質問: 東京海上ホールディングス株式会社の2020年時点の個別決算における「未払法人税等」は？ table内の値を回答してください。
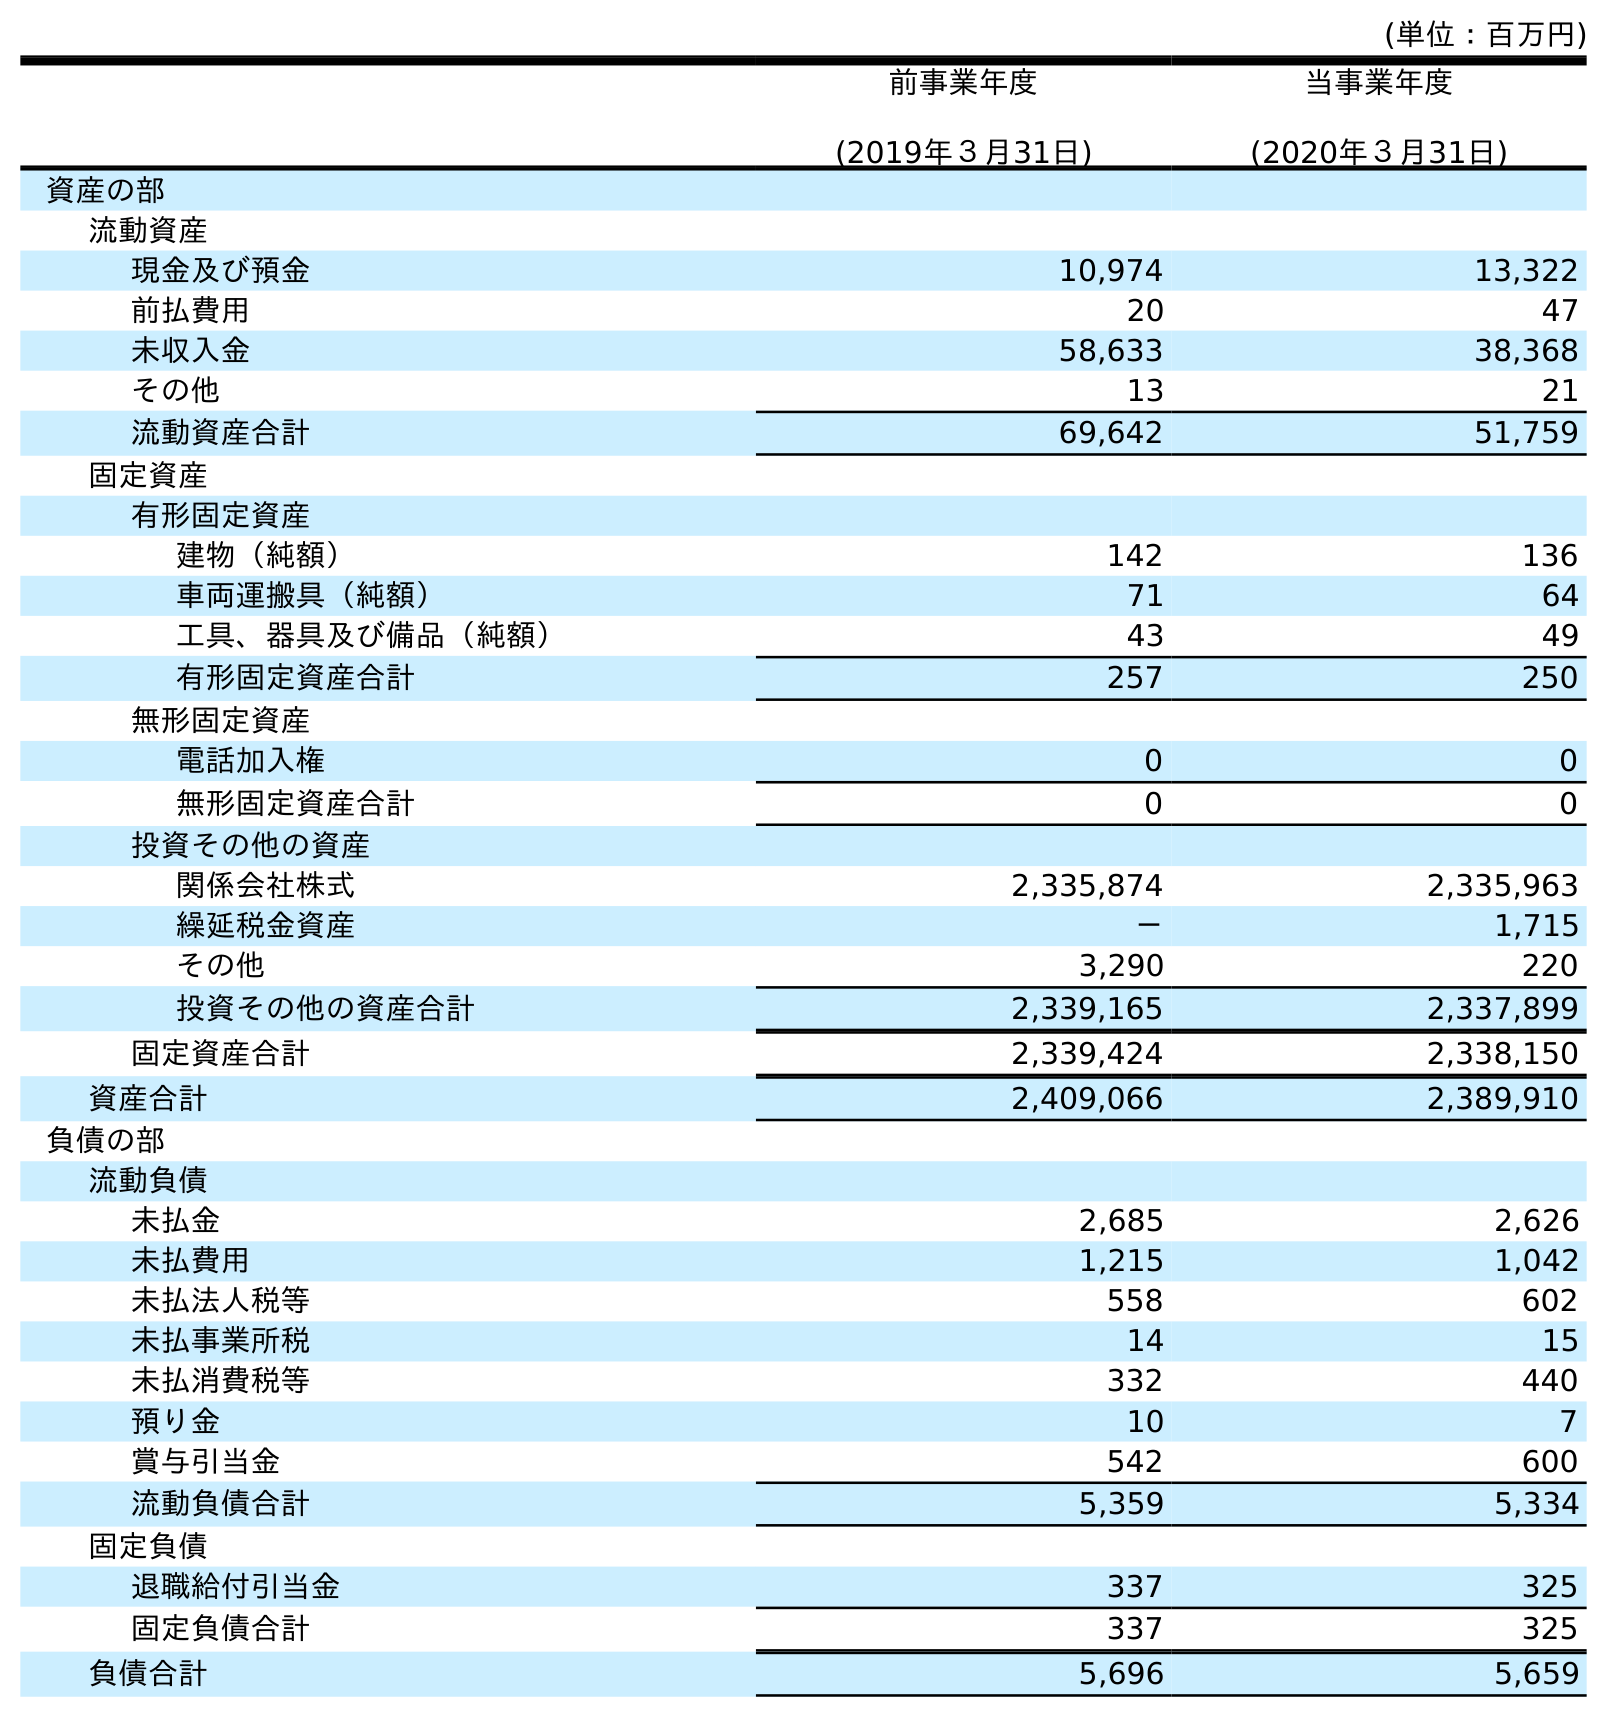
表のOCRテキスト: (単位：百万円) 前事業年度 (2019年３月31日) 当事業年度 (2020年３月31日) 資産の部 流動資産 現金及び預金 10,974 13,322 前払費用 20 47 未収入金 58,633 38,368 その他 13 21 流動資産合計 69,642 51,759 固定資産 有形固定資産 建物（純額） 142 136 車両運搬具（純額） 71 64 工具、器具及び備品（純額） 43 49 有形固定資産合計 257 250 無形固定資産 電話加入権 0 0 無形固定資産合計 0 0 投資その他の資産 関係会社株式 2,335,874 2,335,963 繰延税金資産 － 1,715 その他 3,290 220 投資その他の資産合計 2,339,165 2,337,899 固定資産合計 2,339,424 2,338,150 資産合計 2,409,066 2,389,910 負債の部 流動負債 未払金 2,685 2,626 未払費用 1,215 1,042 未払法人税等 558 602 未払事業所税 14 15 未払消費税等 332 440 預り金 10 7 賞与引当金 542 600 流動負債合計 5,359 5,334 固定負債 退職給付引当金 337 325 固定負債合計 337 325 負債合計 5,696 5,659
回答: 602